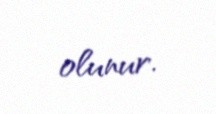
olunur.